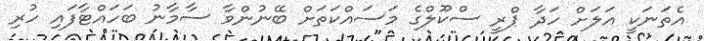
އެތަނަކީ އަލަށް ހަދާ ޕްރީ ސްކޫލްގެ މަސައްކަތަށް ބޭނުންވާ ސާމާނު ބަހައްޓާފައި ހުރި